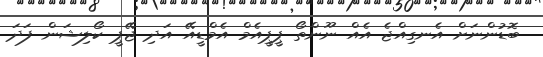
ބޮޑުންނަށް އެނގިއްޖެ އެއް ނޫންތޯ ޕީޕީއެމް އެމްޑީއޭ އަދި ޖޭޕީ ކޯލިޝަން ފަދަ